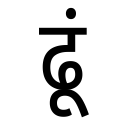
OCR:
ढूं